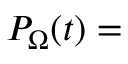
P _ { \Omega } ( t ) =